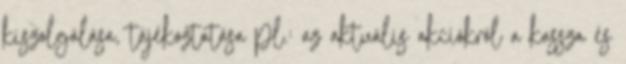
kiszolgálása, tájékoztatása pl.: az aktuális akciókról a kassza és